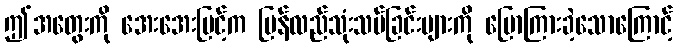
ဤအတွေးကို အေးအေးမြင့်က ပြန်လည်သုံးသပ်ခြင်းများကို ပြောကြားခဲ့သောကြောင့်